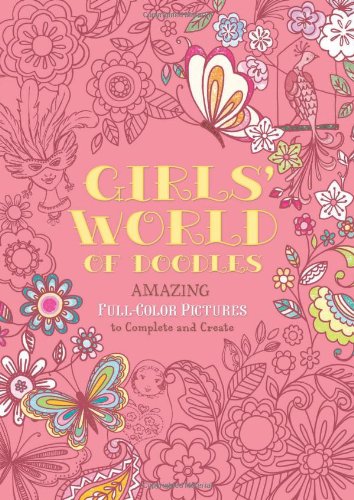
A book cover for Girls' World of Doodles: Over 100 Pictures to Complete and Create; Nellie Ryan; Children's Books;